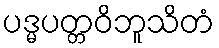
ပဒ္မပတ္တဝိဘူသိတံ